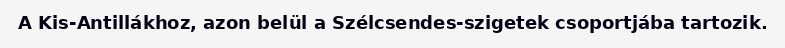
A Kis-Antillákhoz, azon belül a Szélcsendes-szigetek csoportjába tartozik.